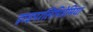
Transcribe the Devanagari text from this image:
हाइपरलिपिडेमिया